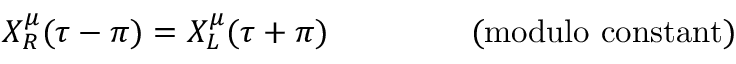
X _ { R } ^ { \mu } ( \tau - \pi ) = X _ { L } ^ { \mu } ( \tau + \pi ) \mathrm { ~ ~ ~ ~ ~ ~ ~ ~ ~ ~ ~ ~ ~ ( m o d u l o ~ c o n s t a n t ) }